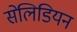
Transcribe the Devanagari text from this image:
सेलिडियन